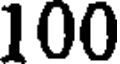
100